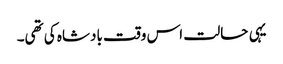
یہی حالت اس وقت بادشاہ کی تھی۔